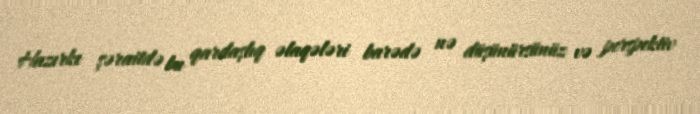
Hazırkı şəraitdə bu qardaşlıq əlaqələri barədə nə düşünürsünüz və perspektiv